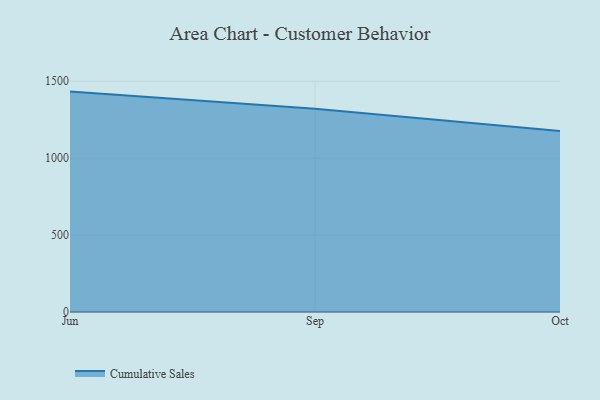
{"axis": {"x": "Month", "y": "Operating Costs (USD K)"}, "legend": ["Cumulative Sales"], "data": [{"x": "Jun", "y": 1432.9, "type": "Cumulative Sales"}, {"x": "Sep", "y": 1321.0, "type": "Cumulative Sales"}, {"x": "Oct", "y": 1177.0, "type": "Cumulative Sales"}]}